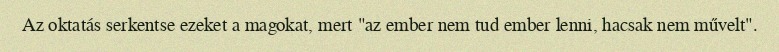
Az oktatás serkentse ezeket a magokat, mert "az ember nem tud ember lenni, hacsak nem művelt".